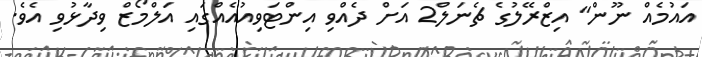
އައުމެއް ނޫން" އިޒްރޭލުގެ ޗެނަލް2 އަށް ދެއްވި އިންޓަވިއުއެއްގައި އަލްމޯޒް ވިދާޅުވި އެވެ.